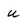
Character: u